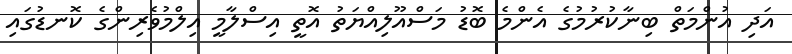
އަދި އުންމަތް ބިނާކުރުމުގެ އެންމެ ބޮޑު މަސްއޫލިއްޔަތު އޮތީ އިސްލާމީ އިލްމުވެރިންގެ ކޮނޑުގައި